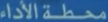
محطة الأداء